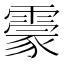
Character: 霥